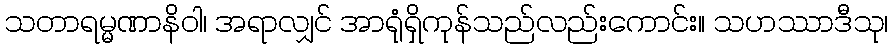
သတာရမ္မဏာနိဝါ၊ အရာလျှင် အာရုံရှိကုန်သည်လည်းကောင်း။ သဟဿာဒီသု၊